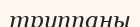
труппаны